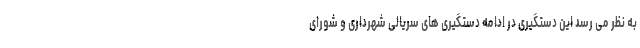
به نظر می رسد این دستگیری در ادامه دستگیری های سریالی شهرداری و شورای